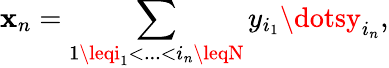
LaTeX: \mathbf{x}_{n}=\sum_{1\leqi_{1}<...<i_{n}\leqN}y_{i_{1}}\dotsy_{i_{n}},